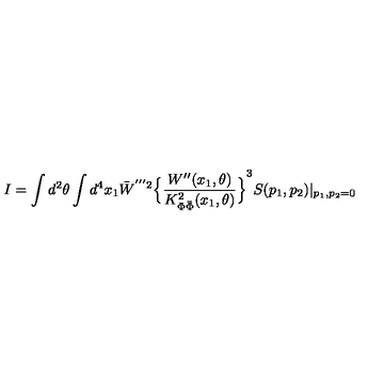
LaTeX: I = \int d ^ { 2 } \theta \int d ^ { 4 } x _ { 1 } { \bar { W } } ^ { ' ^ { \prime \prime } 2 } { \Big \{ \frac { W ^ { \prime \prime } ( x _ { 1 } , \theta ) } { K _ { \Phi \bar { \Phi } } ^ { 2 } ( x _ { 1 } , \theta ) } \Big \} } ^ { 3 } S ( p _ { 1 } , p _ { 2 } ) | _ { p _ { 1 } , p _ { 2 } = 0 }